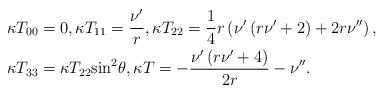
LaTeX: \begin{align*} & \kappa {{T}_{00}}=0,\kappa {{T}_{11}}=\frac{{{\nu }'}}{r},\kappa {{T}_{22}}=\frac{1}{4}r\left( {\nu }'\left( r{\nu }'+2 \right)+2r{\nu }'' \right), \\ & \kappa {{T}_{33}}=\kappa {{T}_{22}}{{\sin }^{2}}\theta ,\kappa T=-\frac{{\nu }'\left( r{\nu }'+4 \right)}{2r}-{\nu }''. \end{align*}